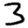
Digit: 3